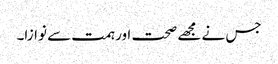
جس نے مجھے صحت اور ہمت سے نوازا۔